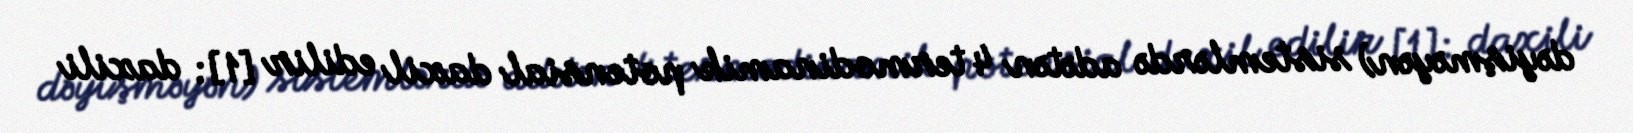
dəyişməyən) sistemlərdə adətən 4 termodinamik potensial daxil edilir [1]: daxili